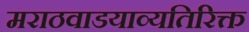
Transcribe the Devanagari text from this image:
मराठवाडयाव्यतिरिक्त